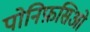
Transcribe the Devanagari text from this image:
पोनिफ़सिओ